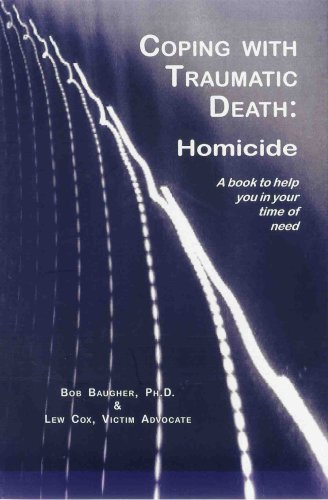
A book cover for Coping with Traumatic Death: Homicide (English Edition); Bob Baugher; Health, Fitness & Dieting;